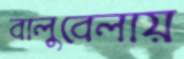
বালুবেলায়